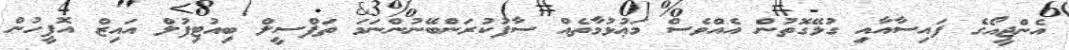
އެންޖީއޯގެ ފައިސާއާއި ގުޅޭގޮތުން އެއްވެސް މަޢުޅުމާތެއް ސާފުކުރަންބޭނުންނަމަ ތަފްސީލް ބިއުޓިފުލް އައިޒް އޮފީހުން